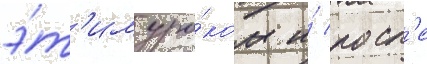
э́т'им уро́ком и́ посл'е